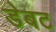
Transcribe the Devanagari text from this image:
डेबट